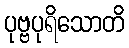
ပုဗ္ဗပုရိသောတိ